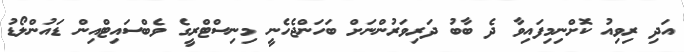
އަދި ރިވިއު ކޮށްނިމިފައިވާ ދެ ބާބު ދަރިވަރުންނަށް ބަހަންޖެހެނީ މިނިސްޓްރީގެ ވެބްސައިޓްއިން ޑައުންލޯޑު